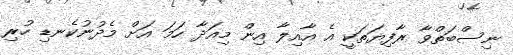
ނިސްބަތްވާ ރާފިޔަތަކީ އެ އާއިލާ އިން މިއަދާ ހަމަ އަށް މެދުނުކެނޑި ހުރި